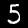
Digit: 5